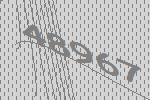
48967